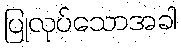
ပြုလုပ်သောအခါ